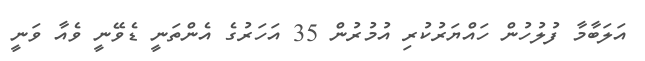
އަލަބާމާ ފުލުހުން ހައްޔަރުުކުރި އުމުރުން 35 އަހަރުގެ އެންތަނީ ޑެވޭނީ ވެއާ ވަނީ